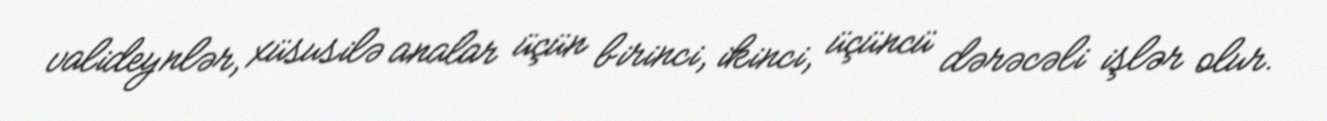
valideynlər, xüsusilə analar üçün birinci, ikinci, üçüncü dərəcəli işlər olur.